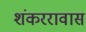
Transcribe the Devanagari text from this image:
शंकररावास